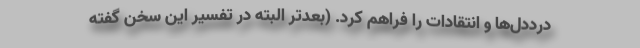
درد‌دل‌ها و انتقادات را فراهم کرد. (بعدتر البته در تفسیر این سخن گفته